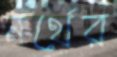
নর্থের